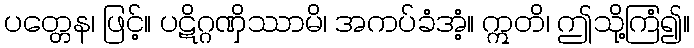
ပတ္တေန၊ ဖြင့်။ ပဋိဂ္ဂဏှိဿာမိ၊ အကပ်ခံအံ့။ ဣတိ၊ ဤသို့ကြံ၍။